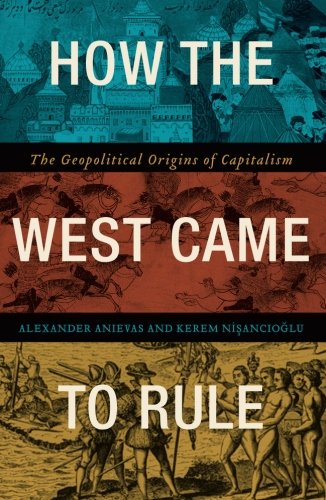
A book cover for How the West Came to Rule: The Geopolitical Origins of Capitalism; Alex Anievas; Business & Money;